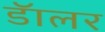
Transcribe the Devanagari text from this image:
डॅालर